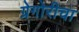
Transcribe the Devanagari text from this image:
ग्रेगोरीचा